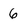
Character: 6